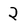
Character: 2